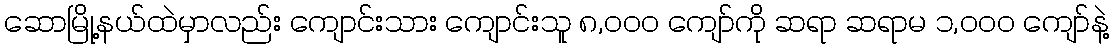
ဆောမြို့နယ်ထဲမှာလည်း ကျောင်းသား ကျောင်းသူ ၈,၀၀ဝ ကျော်ကို ဆရာ ဆရာမ ၁,၀၀၀ ကျော်နဲ့